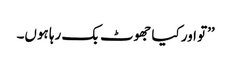
’’تو اور کیا جھوٹ بک رہا ہوں۔